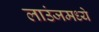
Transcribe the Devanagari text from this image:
लाउंजमध्ये